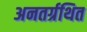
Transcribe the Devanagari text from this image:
अनतर्ग्रथित